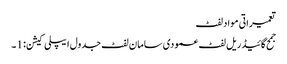
تعمیراتی مواد لفٹ
جمح گائیڈ ریل لفٹ عمودی سامان لفٹ جدول ایپلی کیشن: 1 ۔